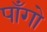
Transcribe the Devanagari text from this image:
पाँगो